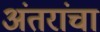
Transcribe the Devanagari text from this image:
अंतरांचा